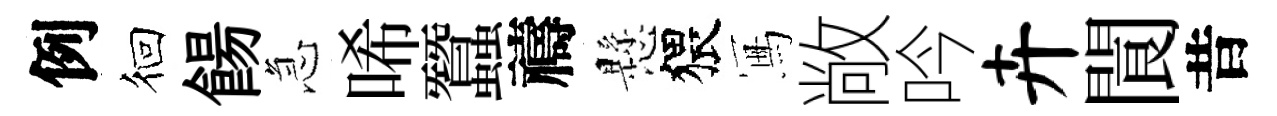
例徊餳急唏蠶禱懸猥冩敞吟卉閬昔